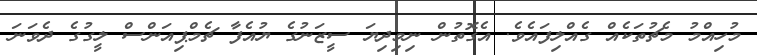
މުހިއްމު މެޗުތަކެއް ގެއްލިފައެވެ. އެގޮތުން ނިމިދިޔަ ސީޒަނުގެ ޔުއެފާ ޗެމްޕިއަންސް ލީގުގެ ދެވަނަ